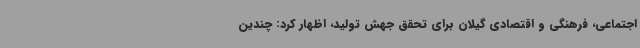
اجتماعی، فرهنگی و اقتصادی گیلان برای تحقق جهش تولید، اظهار کرد: چندین